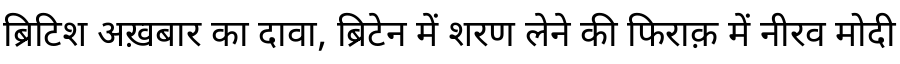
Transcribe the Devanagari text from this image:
ब्रिटिश अख़बार का दावा, ब्रिटेन में शरण लेने की फिराक़ में नीरव मोदी